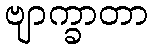
ဗျာက္ခာတာ